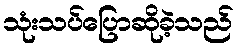
သုံးသပ်ပြောဆိုခဲ့သည်